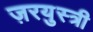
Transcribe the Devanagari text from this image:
ज़रयुस्त्री